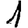
Digit: 1